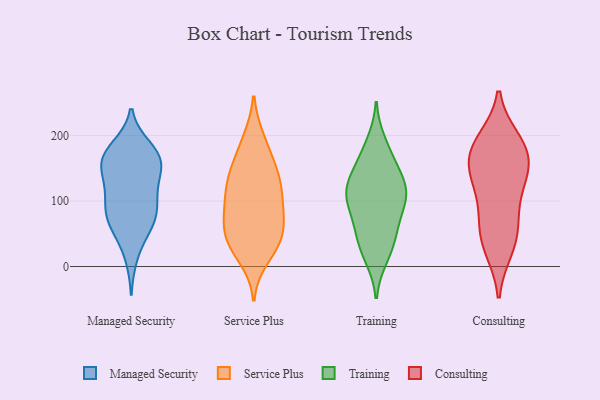
{"axis": {"x": "Churn Rate (%)", "y": "Value"}, "legend": ["Consulting", "Managed Security", "Service Plus", "Training"], "data": [{"x": "", "y": 135, "type": "Managed Security"}, {"x": "", "y": 150, "type": "Managed Security"}, {"x": "", "y": 112, "type": "Managed Security"}, {"x": "", "y": 167, "type": "Managed Security"}, {"x": "", "y": 180, "type": "Managed Security"}, {"x": "", "y": 158, "type": "Managed Security"}, {"x": "", "y": 74, "type": "Managed Security"}, {"x": "", "y": 75, "type": "Managed Security"}, {"x": "", "y": 74, "type": "Managed Security"}, {"x": "", "y": 51, "type": "Managed Security"}, {"x": "", "y": 116, "type": "Managed Security"}, {"x": "", "y": 62, "type": "Managed Security"}, {"x": "", "y": 163, "type": "Managed Security"}, {"x": "", "y": 182, "type": "Managed Security"}, {"x": "", "y": 101, "type": "Managed Security"}, {"x": "", "y": 151, "type": "Managed Security"}, {"x": "", "y": 170, "type": "Managed Security"}, {"x": "", "y": 93, "type": "Managed Security"}, {"x": "", "y": 15, "type": "Managed Security"}, {"x": "", "y": 37, "type": "Service Plus"}, {"x": "", "y": 83, "type": "Service Plus"}, {"x": "", "y": 135, "type": "Service Plus"}, {"x": "", "y": 194, "type": "Service Plus"}, {"x": "", "y": 59, "type": "Service Plus"}, {"x": "", "y": 186, "type": "Service Plus"}, {"x": "", "y": 124, "type": "Service Plus"}, {"x": "", "y": 43, "type": "Service Plus"}, {"x": "", "y": 14, "type": "Service Plus"}, {"x": "", "y": 77, "type": "Service Plus"}, {"x": "", "y": 125, "type": "Service Plus"}, {"x": "", "y": 44, "type": "Service Plus"}, {"x": "", "y": 151, "type": "Service Plus"}, {"x": "", "y": 33, "type": "Service Plus"}, {"x": "", "y": 97, "type": "Service Plus"}, {"x": "", "y": 92, "type": "Service Plus"}, {"x": "", "y": 145, "type": "Service Plus"}, {"x": "", "y": 46, "type": "Training"}, {"x": "", "y": 106, "type": "Training"}, {"x": "", "y": 55, "type": "Training"}, {"x": "", "y": 190, "type": "Training"}, {"x": "", "y": 176, "type": "Training"}, {"x": "", "y": 19, "type": "Training"}, {"x": "", "y": 144, "type": "Training"}, {"x": "", "y": 98, "type": "Training"}, {"x": "", "y": 158, "type": "Training"}, {"x": "", "y": 90, "type": "Training"}, {"x": "", "y": 13, "type": "Training"}, {"x": "", "y": 42, "type": "Training"}, {"x": "", "y": 105, "type": "Training"}, {"x": "", "y": 123, "type": "Training"}, {"x": "", "y": 119, "type": "Training"}, {"x": "", "y": 114, "type": "Training"}, {"x": "", "y": 136, "type": "Training"}, {"x": "", "y": 71, "type": "Training"}, {"x": "", "y": 157, "type": "Consulting"}, {"x": "", "y": 164, "type": "Consulting"}, {"x": "", "y": 193, "type": "Consulting"}, {"x": "", "y": 27, "type": "Consulting"}, {"x": "", "y": 158, "type": "Consulting"}, {"x": "", "y": 124, "type": "Consulting"}, {"x": "", "y": 26, "type": "Consulting"}, {"x": "", "y": 62, "type": "Consulting"}, {"x": "", "y": 115, "type": "Consulting"}, {"x": "", "y": 72, "type": "Consulting"}, {"x": "", "y": 126, "type": "Consulting"}, {"x": "", "y": 164, "type": "Consulting"}, {"x": "", "y": 188, "type": "Consulting"}, {"x": "", "y": 56, "type": "Consulting"}, {"x": "", "y": 194, "type": "Consulting"}]}